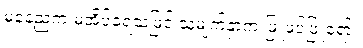
မနေ့ညက မအိပ်ခဲ့ရသဖြင့် သူ့မျက်နှာက ဖြူဖပ်ဖြူရော်။